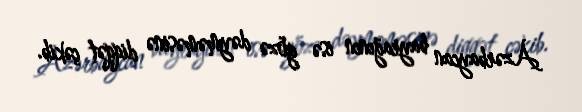
Azərbaycan bayrağının isə gözə dəyməməsinə diqqət çəkib.